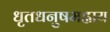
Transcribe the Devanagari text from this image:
धृतधनुषमह्नाय